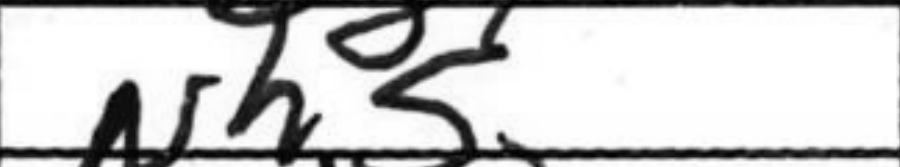
Transcription: Nh5